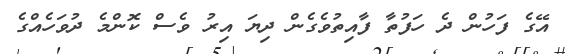
އޭގެ ފަހުން ދެ ހަފުތާ ފާއިތުވެގެން ދިޔަ އިރު ވެސް ކޮންމެ ދުވަހެއްގެ